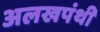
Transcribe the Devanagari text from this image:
अलखपंथी